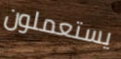
يستعملون